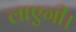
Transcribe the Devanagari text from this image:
लाएगी।